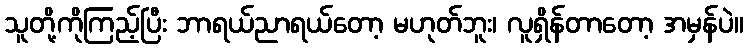
သူတို့ကိုကြည့်ပြီး ဘာရယ်ညာရယ်တော့ မဟုတ်ဘူး၊ လူရှိန်တာတော့ အမှန်ပဲ။